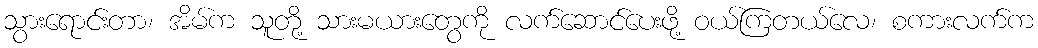
သွားရောင်းတာ၊ အိမ်က သူတို့ သားမယားတွေကို လက်ဆောင်ပေးဖို့ ဝယ်ကြတယ်လေ၊ စကားလက်က